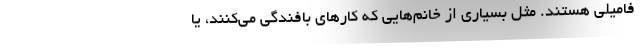
فامیلی هستند. مثل بسیاری از خانم‌هایی که کارهای بافندگی می‌کنند، یا